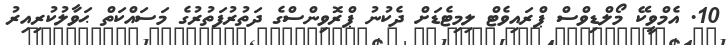
10. އެމްވީކޭ މޯލްޑިވްސް ޕްރައިވެޓް ލިމިޓެޑަށް ދެކުނު ޕްރޮވިންސްގެ ދަތުރުފަތުރުގެ މަސައްކަތް ޙަވާލުކުރިއިރު